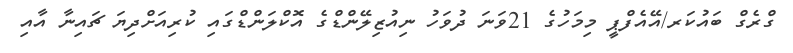
ގްރެގް ބައުކަރ/އޭއެފްޕީ މިމަހުގެ 21ވަނަ ދުވަހު ނިއުޒިލޭންޑްގެ އޮކްލަންޑްގައި ކުރިއަށްދިޔަ ޗައިނާ އާއި